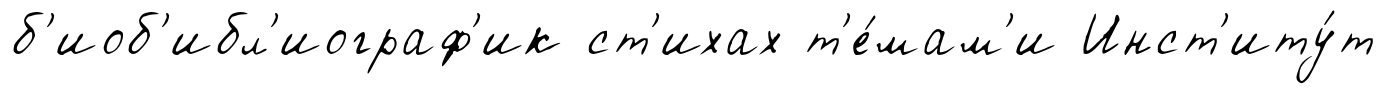
б'иоб'ибл'иограф'ик ст'ихах т'е́мам'и Инст'иту́т